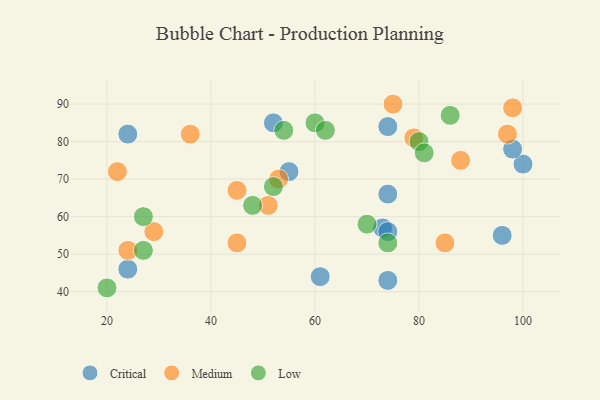
{"axis": {"x": "GDP", "y": "Life Expectancy"}, "legend": ["Critical", "Low", "Medium"], "data": [{"x": "55", "y": 72, "type": "Critical"}, {"x": "73", "y": 57, "type": "Critical"}, {"x": "24", "y": 82, "type": "Critical"}, {"x": "74", "y": 66, "type": "Critical"}, {"x": "96", "y": 55, "type": "Critical"}, {"x": "100", "y": 74, "type": "Critical"}, {"x": "74", "y": 84, "type": "Critical"}, {"x": "98", "y": 78, "type": "Critical"}, {"x": "24", "y": 46, "type": "Critical"}, {"x": "74", "y": 56, "type": "Critical"}, {"x": "74", "y": 43, "type": "Critical"}, {"x": "61", "y": 44, "type": "Critical"}, {"x": "52", "y": 85, "type": "Critical"}, {"x": "98", "y": 89, "type": "Medium"}, {"x": "45", "y": 67, "type": "Medium"}, {"x": "51", "y": 63, "type": "Medium"}, {"x": "97", "y": 82, "type": "Medium"}, {"x": "22", "y": 72, "type": "Medium"}, {"x": "24", "y": 51, "type": "Medium"}, {"x": "88", "y": 75, "type": "Medium"}, {"x": "36", "y": 82, "type": "Medium"}, {"x": "53", "y": 70, "type": "Medium"}, {"x": "29", "y": 56, "type": "Medium"}, {"x": "79", "y": 81, "type": "Medium"}, {"x": "85", "y": 53, "type": "Medium"}, {"x": "75", "y": 90, "type": "Medium"}, {"x": "45", "y": 53, "type": "Medium"}, {"x": "20", "y": 41, "type": "Low"}, {"x": "52", "y": 68, "type": "Low"}, {"x": "54", "y": 83, "type": "Low"}, {"x": "70", "y": 58, "type": "Low"}, {"x": "27", "y": 51, "type": "Low"}, {"x": "48", "y": 63, "type": "Low"}, {"x": "60", "y": 85, "type": "Low"}, {"x": "62", "y": 83, "type": "Low"}, {"x": "80", "y": 80, "type": "Low"}, {"x": "81", "y": 77, "type": "Low"}, {"x": "74", "y": 53, "type": "Low"}, {"x": "86", "y": 87, "type": "Low"}, {"x": "27", "y": 60, "type": "Low"}]}